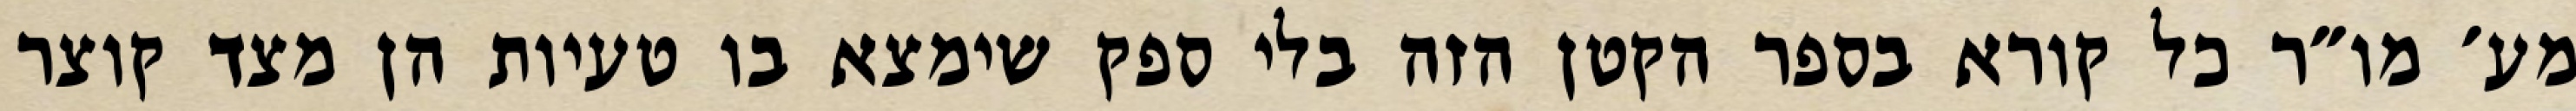
מע׳ מו״ר כל קורא בספר הקטן הזה בלי ספק שימצא בו טעיות הן מצד קוצר